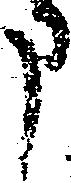
申